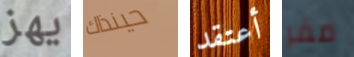
يهز حينذاك أعتقد مفر